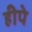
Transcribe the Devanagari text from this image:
हीपे